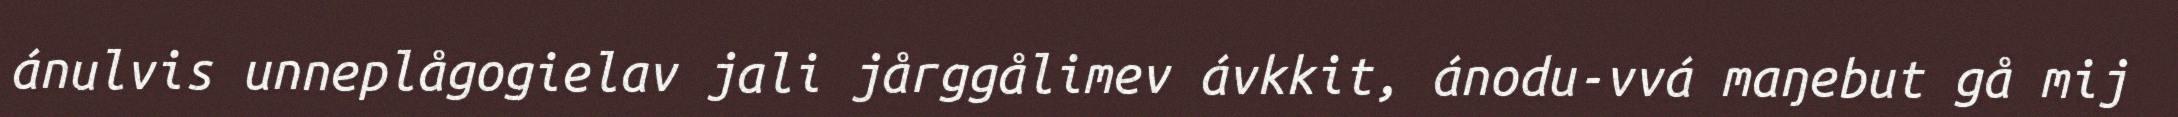
ánulvis unneplågogielav jali jårggålimev ávkkit, ánodu-vvá maŋebut gå mij